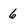
Character: 6